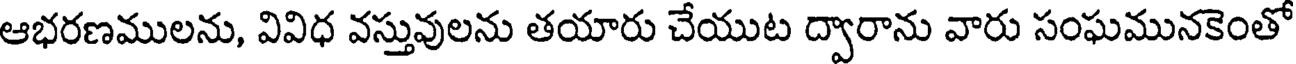
ఆభరణములను, వివిధ వస్తువులను తయారు చేయుట ద్వారాను వారు సంఘమునకెంతో